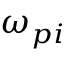
\omega _ { p i }